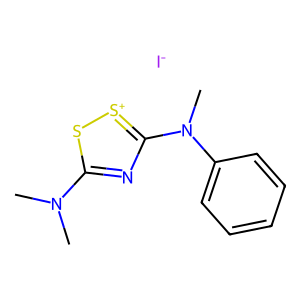
SMILES: CN(C)c1nc(N(C)c2ccccc2)[s+]s1.[I-]
Inhibits HIV replication: No